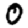
Digit: 0